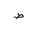
Letter: _da